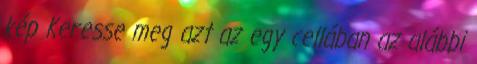
kép Keresse meg azt az egy cellában az alábbi